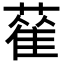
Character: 𦻃